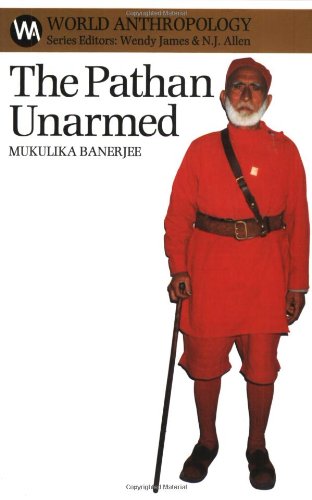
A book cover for The Pathan Unarmed: Opposition and Memory in the North West Frontier (World Anthropology (Paperback SAR Press)); Mukulika Banerjee; History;